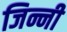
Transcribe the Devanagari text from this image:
जिन्नी